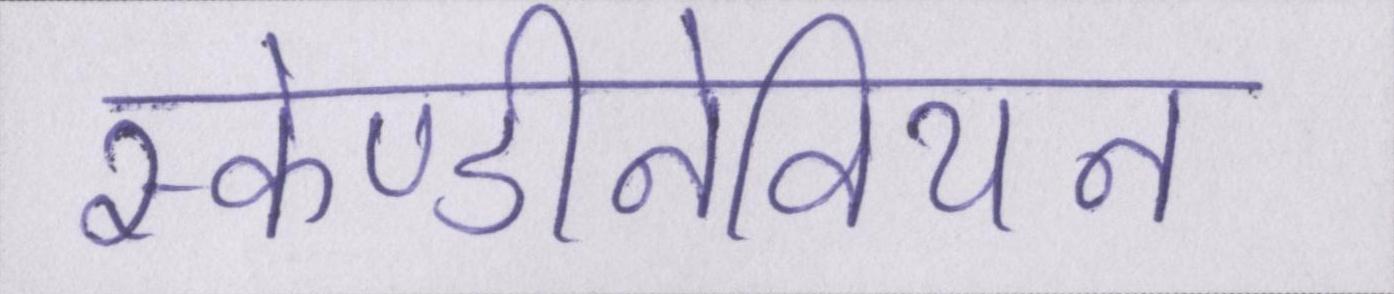
स्केण्डीनेवियन